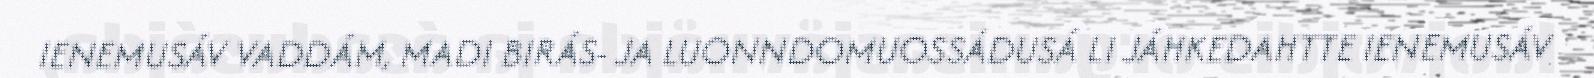
IENEMUSÁV VADDÁM, MADI BIRÁS- JA LUONNDOMUOSSÁDUSÁ LI JÁHKEDAHTTE IENEMUSÁV